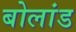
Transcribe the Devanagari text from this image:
बोलांड